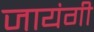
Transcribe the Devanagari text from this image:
जायंगी